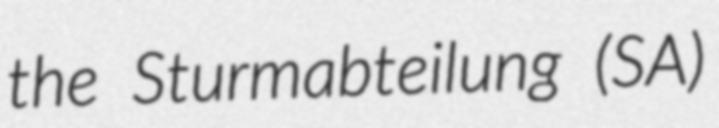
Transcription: the Sturmabteilung (SA)